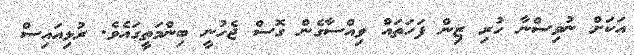
އަކަށް ނުވިސްނާ ހުރި ޒިން ފަހަތައް ވިއްސާގެން ގޮސް ޖެހުނީ ބިންމަތީގައެވެ. ރުޅިއައިސް